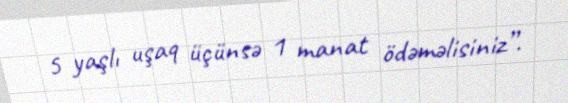
5 yaşlı uşaq üçünsə 1 manat ödəməlisiniz”.